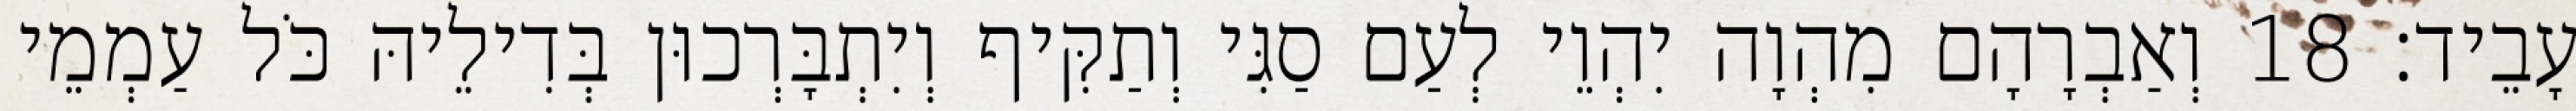
עָבֵיד׃ 18 וְאַבְרָהָם מִהְוָה יִהְוֵי לְעַם סַגִּי וְתַקִּיף וְיִתְבָּרְכוּן בְּדִילֵיהּ כֹּל עַמְמֵי